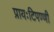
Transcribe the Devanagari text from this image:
प्रायःटिपण्णी